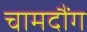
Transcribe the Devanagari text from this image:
चामदौंग